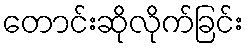
တောင်းဆိုလိုက်ခြင်း